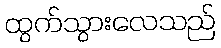
ထွက်သွားလေသည်